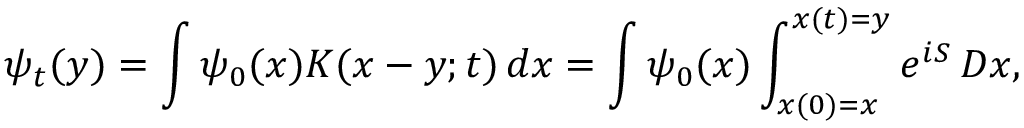
\psi _ { t } ( y ) = \int \psi _ { 0 } ( x ) K ( x - y ; t ) \, d x = \int \psi _ { 0 } ( x ) \int _ { x ( 0 ) = x } ^ { x ( t ) = y } e ^ { i S } \, D x ,